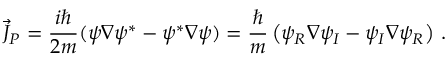
\vec { J } _ { P } = \frac { i \hbar } { 2 m } ( \psi \nabla \psi ^ { * } - \psi ^ { * } \nabla \psi ) = \frac { \hbar } { m } \left( \psi _ { R } \nabla \psi _ { I } - \psi _ { I } \nabla \psi _ { R } \right) \, .